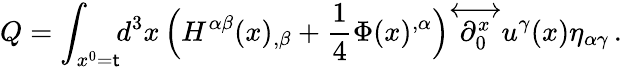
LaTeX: Q=\int_{x^{0}=\mathsf{t}}\! \! d^{3}x\, \Big(H^{\alpha\beta}(x)_{,\beta}+\frac{{1}}{{4}}\Phi(x)^{,\alpha}\Big){\stackrel{\longleftrightarrow}{\partial_{0}^{x}}}u^{\gamma}(x)\eta_{\alpha\gamma}\, .